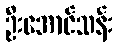
ဦးအောင်သန်း